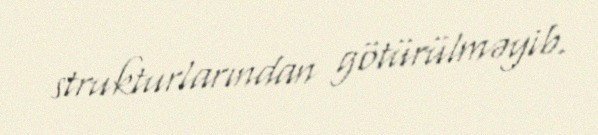
strukturlarından götürülməyib.